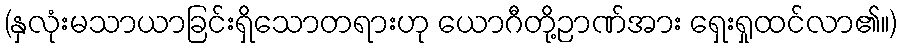
(နှလုံးမသာယာခြင်းရှိသောတရားဟု ယောဂီတို့ဉာဏ်အား ရှေးရှုထင်လာ၏။)